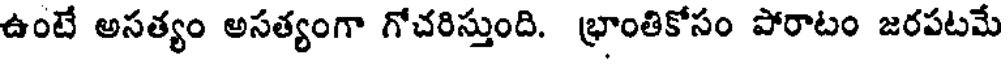
ఉంటే అసత్యం అసత్యంగా గోచరిస్తుంది. భ్రాంతికోసం పోరాటం జరపటమే